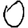
Digit: 0